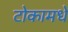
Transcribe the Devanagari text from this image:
टोकामधे